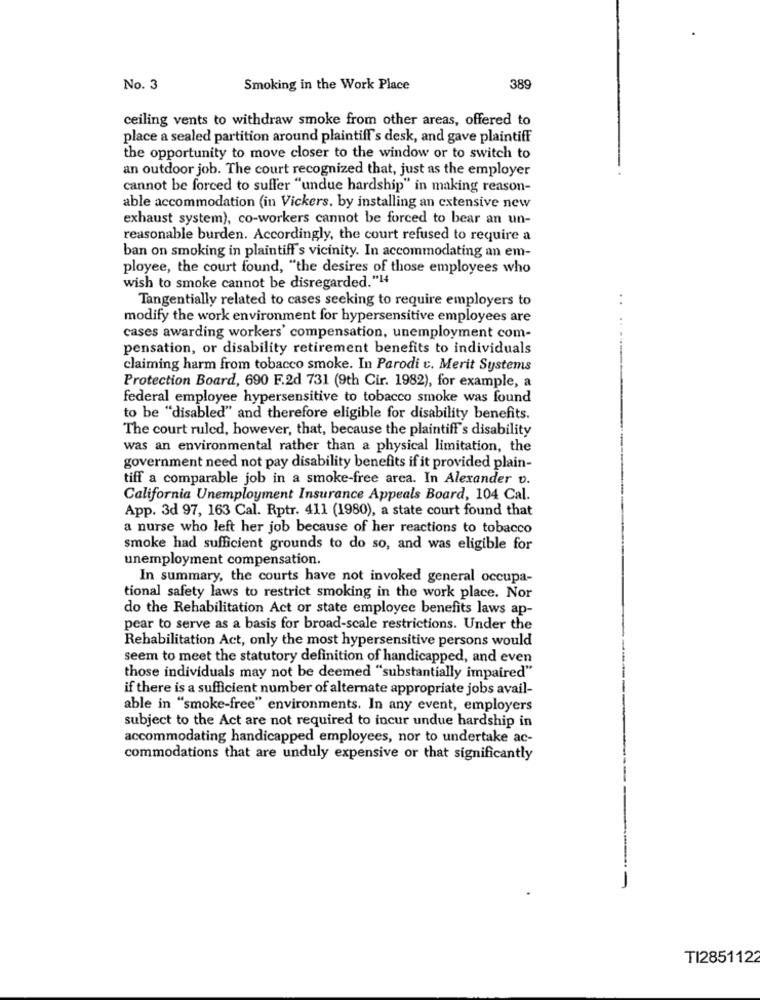
No. 3
Smoking in the Work Place
389
ceiling vents to withdraw smoke from other areas, offered to
place a sealed partition around plaintiff's desk, and gave plaintiff
the opportunity to move closer to the window or to switch to
an outdoor job. The court recognized that, just as the employer
cannot be forced to suffer "undue hardship" in making reason-
able accommodation (in Vickers, by installing an extensive new
exhaust system), co-workers cannot be forced to bear an un-
reasonable burden. Accordingly, the court refused to require a
ban on smoking in plaintiff's vicinity. In accommodating an em-
ployee, the court found, "the desires of those employees who
wish to smoke cannot be disregarded."14
Tangentially related to cases seeking to require employers to
. .
modify the work environment for hypersensitive employees are
cases awarding workers' compensation, unemployment com-
pensation, or disability retirement benefits to individuals
claiming harm from tobacco smoke. In Parodi c. Merit Systems
Protection Board, 690 F.2d 731 (9th Cir. 1982), for example, a
federal employee hypersensitive to tobacco smoke was found
to be "disabled" and therefore eligible for disability benefits.
The court ruled, however, that, because the plaintiff's disability
was an environmental rather than a physical limitation, the
government need not pay disability benefits if it provided plain-
tiff a comparable job in a smoke-free area. In Alexander v.
California Unemployment Insurance Appeals Board, 104 Cal.
App. 3d 97, 163 Cal. Rptr. 411 (1980), a state court found that
a nurse who left her job because of her reactions to tobacco
smoke had sufficient grounds to do so, and was eligible for
unemployment compensation.
In summary, the courts have not invoked general occupa-
tional safety laws to restrict smoking in the work place. Nor
do the Rehabilitation Act or state employee benefits laws ap-
pear to serve as a basis for broad-scale restrictions. Under the
Rehabilitation Act, only the most hypersensitive persons would
seem to meet the statutory definition of handicapped, and even
those individuals may not be deemed "substantially impaired"
if there is a sufficient number of alternate appropriate jobs avail-
able in "smoke-free" environments. In any event, employers
subject to the Act are not required to incur undue hardship in
accommodating handicapped employees, nor to undertake ac-
commodations that are unduly expensive or that significantly
-
TI2851122